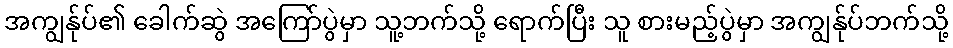
အကျွန်ုပ်၏ ခေါက်ဆွဲ အကြော်ပွဲမှာ သူ့ဘက်သို့ ရောက်ပြီး သူ စားမည့်ပွဲမှာ အကျွန်ုပ်ဘက်သို့